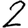
Digit: 2